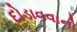
દોડાવવાનો